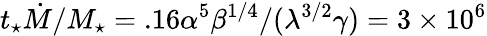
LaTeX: t_{\star}\dot{M}/M_{\star}=.16\alpha^{5}\beta^{1/4}/(\lambda^{3/2}\gamma)=3\times 10^{6}